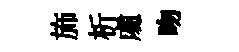
斾析䖏吻